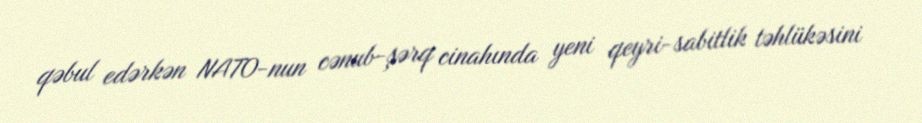
qəbul edərkən NATO-nun cənub-şərq cinahında yeni qeyri-sabitlik təhlükəsini